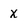
Character: x